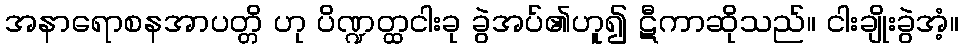
အနာရောစနအာပတ္တိ ဟု ပိဏ္ဍတ္ထငါးခု ခွဲအပ်၏ဟူ၍ ဋီကာဆိုသည်။ ငါးချိုးခွဲအံ့။